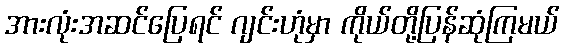
အားလုံးအဆင်ပြေရင် ဂျင်းဟုံမှာ ကိုယ်တို့ပြန်ဆုံကြမယ်